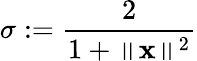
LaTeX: \sigma:=\frac{2}{1+\left\Vert\mathbf{x}\right\Vert^{2}}